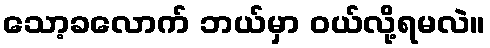
သော့ခလောက် ဘယ်မှာ ဝယ်လို့ရမလဲ။